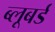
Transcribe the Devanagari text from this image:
ब्लूबर्ड